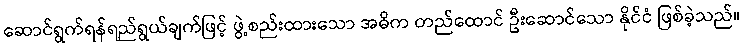
ဆောင်ရွက်ရန်ရည်ရွယ်ချက်ဖြင့် ဖွဲ့စည်းထားသော အဓိက တည်ထောင် ဦးဆောင်သော နိုင်ငံ ဖြစ်ခဲ့သည်။